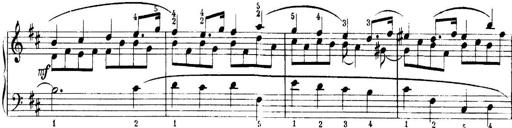
Title: Quatres sonatines
Composer: Tadeusz Joteyko